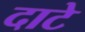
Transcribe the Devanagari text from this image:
दाटे